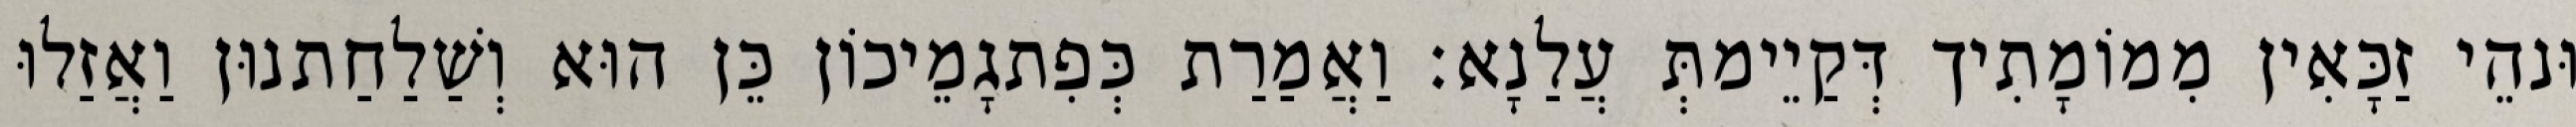
וּנהֵי זַכָּאִין מִמוֹמָתִיך דְּקַיֵימתְּ עֲלַנָא׃ וַאֲמַרַת כְּפִתגָמֵיכוֹן כֵּן הוּא וְשַׁלַחַתנוּן וַאֲזַלוּ